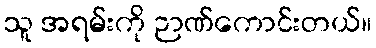
သူ အရမ်းကို ဉာဏ်ကောင်းတယ်။